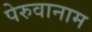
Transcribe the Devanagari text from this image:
पेरुवानाम